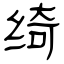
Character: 绮